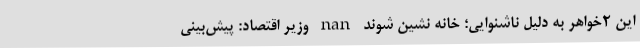
این ۲خواهر به دلیل ناشنوایی؛ خانه نشین شوند nan وزیر اقتصاد: پیش‌بینی